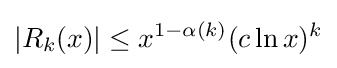
|R_{k}(x)|\leq x^{1-\alpha (k)}(c\ln x)^{k}